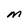
Character: M